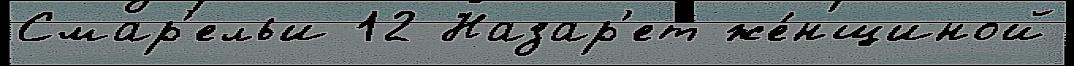
Смар'ельи 12 Назар'ет же́нщиной